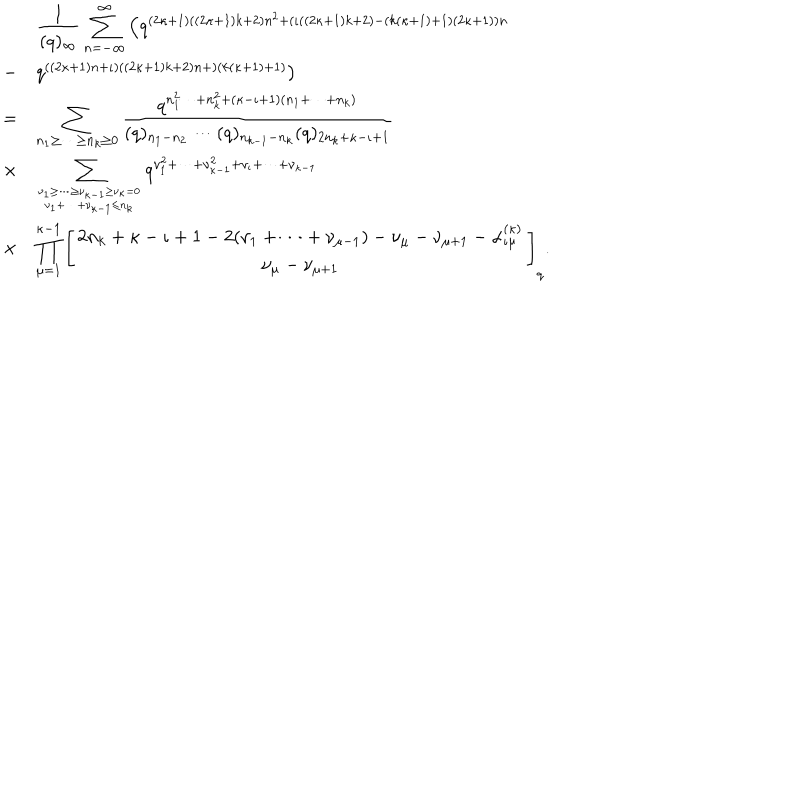
\begin{array} { c l } { { } } & { { \displaystyle \frac { 1 } { ( q ) _ { \infty } } \sum _ { n = - \infty } ^ { \infty } \left( q ^ { ( 2 \kappa + 1 ) ( ( 2 \kappa + 1 ) k + 2 ) n ^ { 2 } + ( \iota ( ( 2 \kappa + 1 ) k + 2 ) - ( k ( \kappa + 1 ) + 1 ) ( 2 \kappa + 1 ) ) n } \right. } } \\ { { - } } & { { \left. q ^ { ( ( 2 \kappa + 1 ) n + \iota ) ( ( 2 \kappa + 1 ) k + 2 ) n + ) ( k ( \kappa + 1 ) + 1 ) } \right) } } \\ { { = } } & { { \displaystyle \sum _ { n _ { 1 } \geq \cdots \geq n _ { k } \geq 0 } \frac { q ^ { n _ { 1 } ^ { 2 } \cdots + n _ { k } ^ { 2 } + ( \kappa - \iota + 1 ) ( n _ { 1 } + \cdots + n _ { k } ) } } { ( q ) _ { n _ { 1 } - n _ { 2 } } \cdots ( q ) _ { n _ { k - 1 } - n _ { k } } ( q ) _ { 2 n _ { k } + \kappa - \iota + 1 } } } } \\ { { \times } } & { { \displaystyle \sum _ { \nu _ { 1 } \geq \cdots \geq \nu _ { \kappa - 1 } \geq \nu _ { \kappa } = 0 \atop \nu _ { 1 } + \cdots + \nu _ { \kappa - 1 } \leq n _ { k } } q ^ { \nu _ { 1 } ^ { 2 } + \cdots + \nu _ { \kappa - 1 } ^ { 2 } + \nu _ { \iota } + \cdots + \nu _ { \kappa - 1 } } } } \\ { { \times } } & { { \displaystyle \prod _ { \mu = 1 } ^ { \kappa - 1 } \left[ \begin{array} { c } { { 2 n _ { k } + \kappa - \iota + 1 - 2 ( \nu _ { 1 } + \cdots + \nu _ { \mu - 1 } ) - \nu _ { \mu } - \nu _ { \mu + 1 } - \alpha _ { \iota \mu } ^ { ( \kappa ) } } } \\ { { \nu _ { \mu } - \nu _ { \mu + 1 } } } \\ \end{array} \right] _ { q } . } } \\ \end{array}